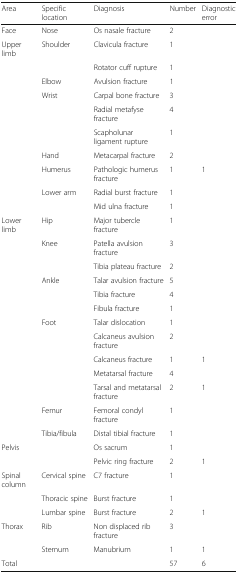
<table><thead><tr><td><b>Area</b></td><td><b>Specific location</b></td><td><b>Diagnosis</b></td><td><b>Number</b></td><td><b>Diagnostic error</b></td></tr></thead><tbody><tr><td>Face</td><td>Nose</td><td>Os nasale fracture</td><td>2</td><td></td></tr><tr><td>Upper limb</td><td>Shoulder</td><td>Clavicula fracture</td><td>1</td><td></td></tr><tr><td></td><td></td><td>Rotator cuff rupture</td><td>1</td><td></td></tr><tr><td></td><td>Elbow</td><td>Avulsion fracture</td><td>1</td><td></td></tr><tr><td></td><td>Wrist</td><td>Carpal bone fracture</td><td>3</td><td></td></tr><tr><td></td><td></td><td>Radial metafyse fracture</td><td>4</td><td></td></tr><tr><td></td><td></td><td>Scapholunar ligament rupture</td><td>1</td><td></td></tr><tr><td></td><td>Hand</td><td>Metacarpal fracture</td><td>2</td><td></td></tr><tr><td></td><td>Humerus</td><td>Pathologic humerus fracture</td><td>1</td><td>1</td></tr><tr><td></td><td>Lower arm</td><td>Radial burst fracture</td><td>1</td><td></td></tr><tr><td></td><td></td><td>Mid ulna fracture</td><td>1</td><td></td></tr><tr><td>Lower limb</td><td>Hip</td><td>Major tubercle fracture</td><td>1</td><td></td></tr><tr><td></td><td>Knee</td><td>Patella avulsion fracture</td><td>3</td><td></td></tr><tr><td></td><td></td><td>Tibia plateau fracture</td><td>2</td><td></td></tr><tr><td></td><td>Ankle</td><td>Talar avulsion fracture</td><td>5</td><td></td></tr><tr><td></td><td></td><td>Tibia fracture</td><td>4</td><td></td></tr><tr><td></td><td></td><td>Fibula fracture</td><td>1</td><td></td></tr><tr><td></td><td>Foot</td><td>Talar dislocation</td><td>1</td><td></td></tr><tr><td></td><td></td><td>Calcaneus avulsion fracture</td><td>2</td><td></td></tr><tr><td></td><td></td><td>Calcaneus fracture</td><td>1</td><td>1</td></tr><tr><td></td><td></td><td>Metatarsal fracture</td><td>4</td><td></td></tr><tr><td></td><td></td><td>Tarsal and metatarsal fracture</td><td>2</td><td>1</td></tr><tr><td></td><td>Femur</td><td>Femoral condyl fracture</td><td>1</td><td></td></tr><tr><td></td><td>Tibia/fibula</td><td>Distal tibial fracture</td><td>1</td><td></td></tr><tr><td>Pelvis</td><td></td><td>Os sacrum</td><td>1</td><td></td></tr><tr><td></td><td></td><td>Pelvic ring fracture</td><td>2</td><td>1</td></tr><tr><td>Spinal column</td><td>Cervical spine</td><td>C7 fracture</td><td>1</td><td></td></tr><tr><td></td><td>Thoracic spine</td><td>Burst fracture</td><td>1</td><td></td></tr><tr><td></td><td>Lumbar spine</td><td>Burst fracture</td><td>2</td><td>1</td></tr><tr><td>Thorax</td><td>Rib</td><td>Non displaced rib fracture</td><td>3</td><td></td></tr><tr><td></td><td>Sternum</td><td>Manubrium</td><td>1</td><td>1</td></tr><tr><td>Total</td><td></td><td></td><td>57</td><td>6</td></tr></tbody></table>